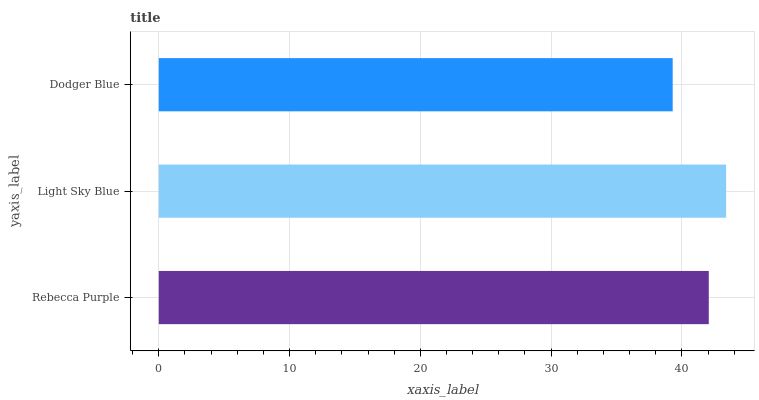
| yaxis_label | bars |
 | --- | --- |
 | Rebecca Purple | 42.1 |
 | Light Sky Blue | 43.4 |
 | Dodger Blue | 39.3 |